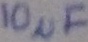
Text: 10µF